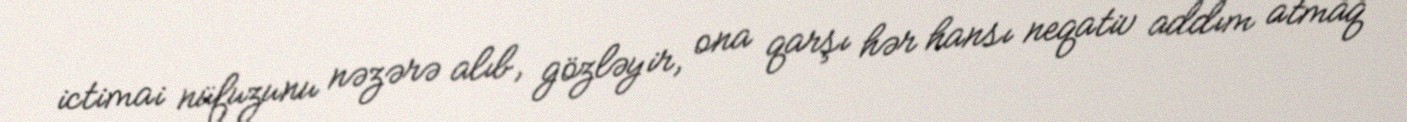
ictimai nüfuzunu nəzərə alıb, gözləyir, ona qarşı hər hansı neqativ addım atmaq